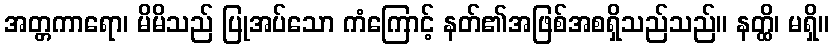
အတ္တကာရော၊ မိမိသည် ပြုအပ်သော ကံကြောင့် နတ်၏အဖြစ်အစရှိသည်သည်။ နတ္ထိ၊ မရှိ။